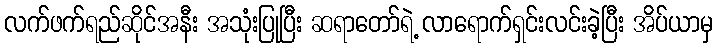
လက်ဖက်ရည်ဆိုင်အနီး အသုံးပြုပြီး ဆရာတော်ရဲ့ လာရောက်ရှင်းလင်းခဲ့ပြီး အိပ်ယာမှ